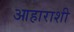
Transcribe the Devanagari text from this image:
आहाराशी